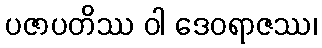
ပဇာပတိဿ ဝါ ဒေဝရာဇဿ၊